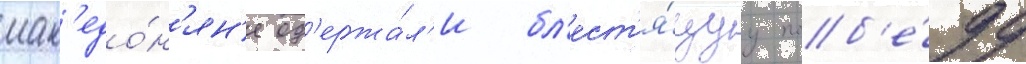
мак'едо́н'ян'е од'ержа́л'и бл'ест'я́щуу поб'е́ду